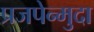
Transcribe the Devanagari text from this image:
प्रजपेन्मुदा